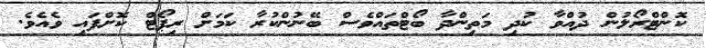
ކޮންޓްރޯލުން ދުއްވާ ކުދި މަތިންދާ ބޯޓްތައްވެސް ބޭނުންކުރާ ކަމަށް ރިޕޯޓް ކޮށްފައި ވެއެވެ.